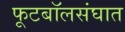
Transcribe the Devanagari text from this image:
फूटबॉलसंघात